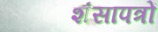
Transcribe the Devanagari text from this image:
शंसापत्रों